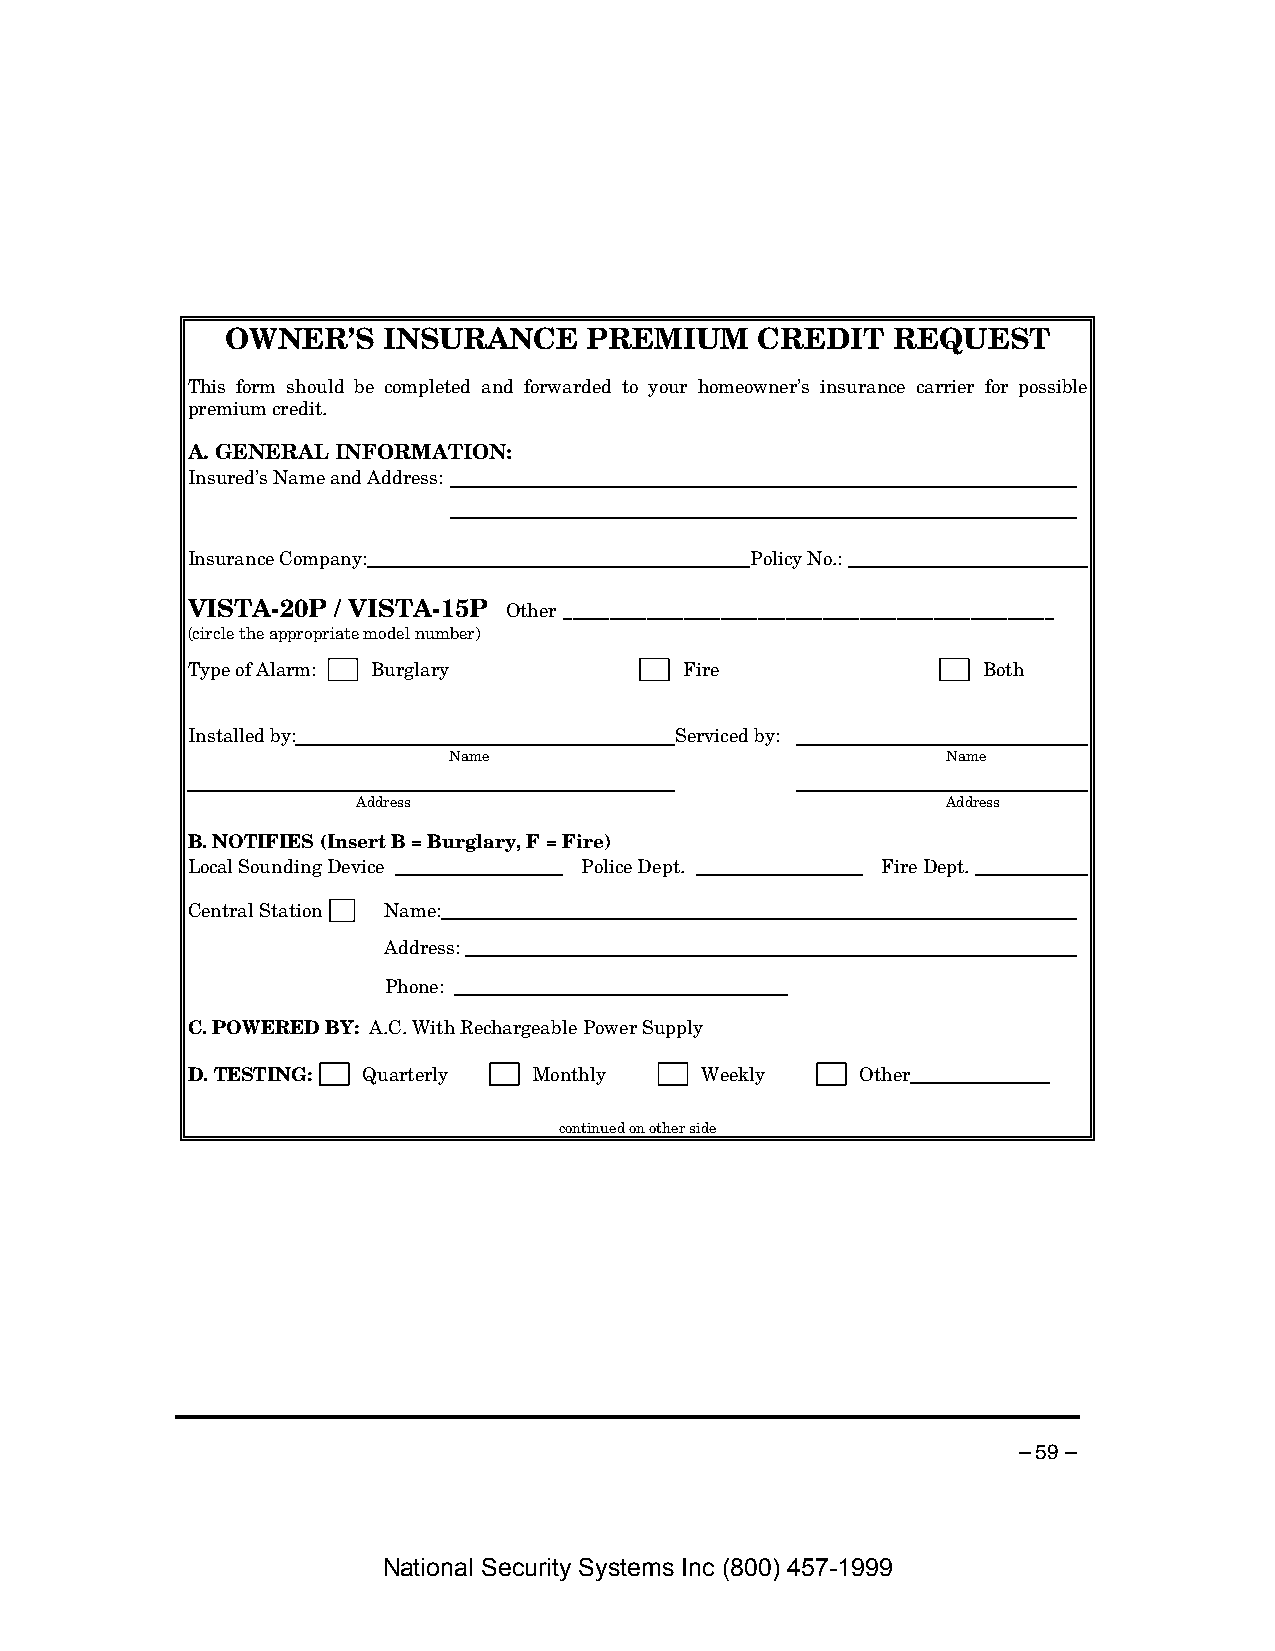
OWNER’S   INSURANCE     PREMIUM    CREDIT   REQUEST
 This form should be completed and forwarded to your homeowner’s insurance carrier for possible
 premium credit.
 A. GENERAL INFORMATION:
 Insured’s Name and Address:
 Insurance Company:                    Policy No.:
 VISTA-20P / VISTA-15P Other _____________________________________________________
 (circle the appropriate model number)
 Type of Alarm: Burglary          Fire                Both
 Installed by:                    Serviced by:
 Name                             Name
 Address                                Address
 B. NOTIFIES (Insert B = Burglary, F = Fire)
 Local Sounding Device     Police Dept.        Fire Dept.
 Central Station Name:
 Address:
 Phone:
 C. POWERED BY: A.C. With Rechargeable Power Supply
 D. TESTING: Quarterly  Monthly    Weekly     Other
 continued on other side
 – 59 –
 National Security Systems Inc (800) 457-1999